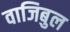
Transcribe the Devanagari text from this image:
वाजिबुल